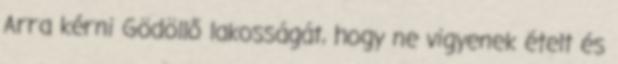
Arra kérni Gödöllő lakosságát, hogy ne vigyenek ételt és